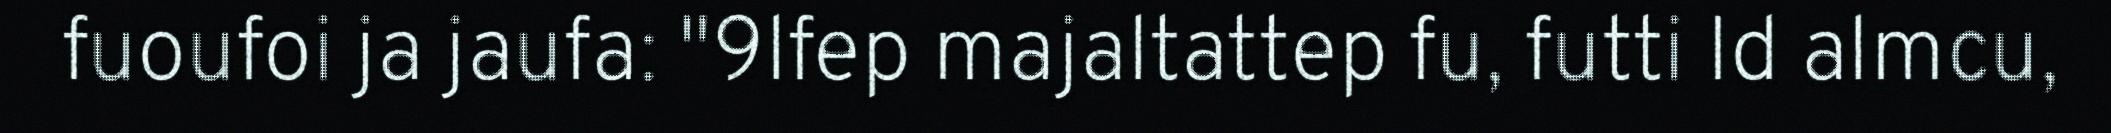
fuoufoi ja jaufa: "9lfep majaltattep fu, futti Id almcu,